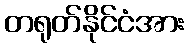
တရုတ်နိုင်ငံအား